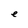
Character: e